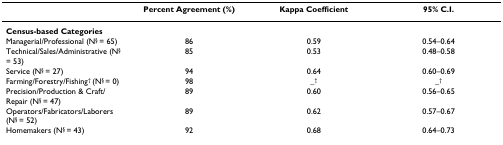
|  | Percent Agreement (%) | Kappa Coefficient | 95% C.I. |
 | --- | --- | --- | --- |
 | Census-based Categories |  |  |  |
 | Managerial/Professional (N§ = 65) | 86 | 0.59 | 0.54–0.64 |
 | Technical/Sales/Administrative (N§ = 53) | 85 | 0.53 | 0.48–0.58 |
 | Service (N§ = 27) | 94 | 0.64 | 0.60–0.69 |
 | Farming/Forestry/Fishing† (N§ = 0) | 98 | _† | _† |
 | Precision/Production & Craft/Repair (N§ = 47) | 89 | 0.60 | 0.56–0.65 |
 | Operators/Fabricators/Laborers (N§ = 52) | 89 | 0.62 | 0.57–0.67 |
 | Homemakers (N§ = 43) | 92 | 0.68 | 0.64–0.73 |